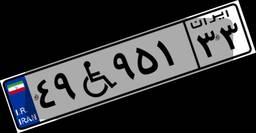
۴۹W۹۵۱۳۳